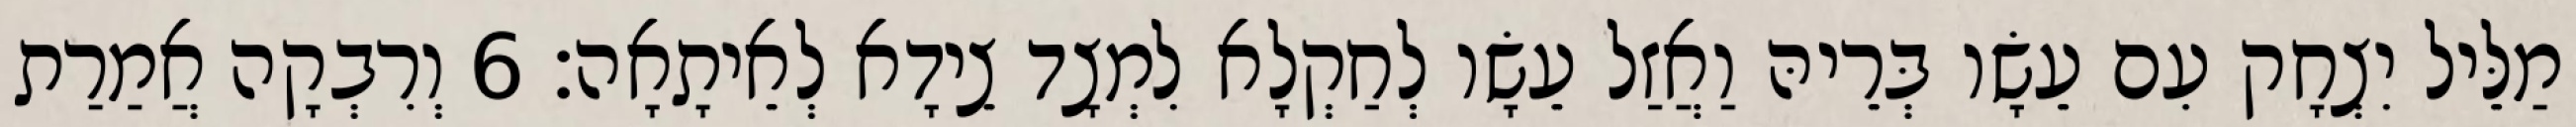
מַלֵּיל יִצְחָק עִם עֵשָׂו בְּרֵיהּ וַאֲזַל עֵשָׂו לְחַקְלָא לִמְצָד צֵידָא לְאֵיתָאָה׃ 6 וְרִבְקָה אֲמַרַת